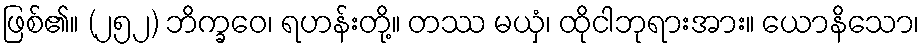
ဖြစ်၏။ (၂၅၂) ဘိက္ခဝေ၊ ရဟန်းတို့။ တဿ မယှံ၊ ထိုငါဘုရားအား။ ယောနိသော၊